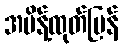
အမိန့်ထုတ်ပြန်